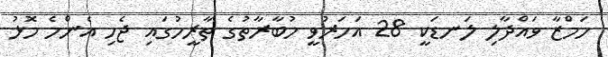
ހަމްޒާ ވައްދާލި ލަނޑަކީ 28 އަހަރުވީ މުބާރާތުގެ ތާރީހުގައި ޖެހި އެންމެ މޮޅު